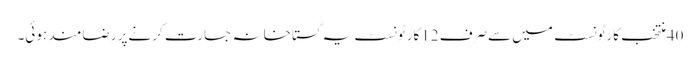
40منتخب کارٹونسٹ میں سےصرف 12کارٹونسٹ یہ گستاخانہ جسارت کرنےپر رضامند ہوئی۔